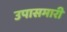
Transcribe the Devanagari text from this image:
उपासमारी